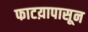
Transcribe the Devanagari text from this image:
फाटय़ापासून